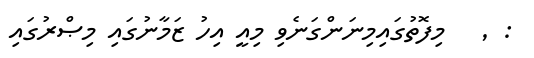
: